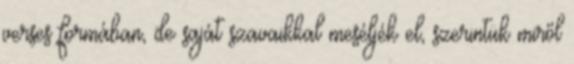
verses formában, de saját szavaikkal meséljék el, szerintük miről